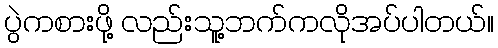
ပွဲကစားဖို့ လည်းသူ့ဘက်ကလိုအပ်ပါတယ်။